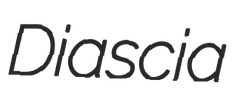
Diascia